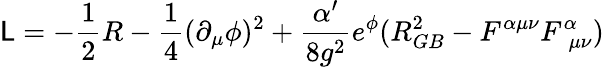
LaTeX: {\cal\mathsf{L}}=-\frac{{1}}{{2}}R-\frac{{1}}{{4}}(\partial_{\mu}\phi)^{2}+\frac{{\alpha^{\prime}}}{{8g^{2}}}e^{\phi}(R_{GB}^{2}-F^{\alpha\mu\nu}F_{\, \, \mu\nu}^{\alpha})